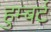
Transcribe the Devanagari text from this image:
हुम्बर्ट